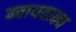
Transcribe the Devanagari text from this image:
न्वायवाक्य